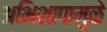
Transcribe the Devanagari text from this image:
अभिशापामुळे